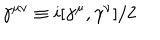
\gamma ^ { \mu \nu } \equiv i [ \gamma ^ { \mu } , \gamma ^ { \nu } ] / 2